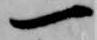
一